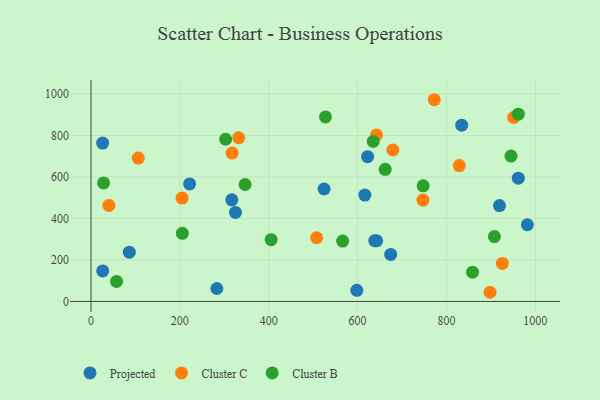
{"axis": {"x": "Price", "y": "Yield"}, "legend": ["Cluster B", "Cluster C", "Projected"], "data": [{"x": "325.1", "y": 429.2, "type": "Projected"}, {"x": "638.7", "y": 292.8, "type": "Projected"}, {"x": "961.9", "y": 594.5, "type": "Projected"}, {"x": "221.9", "y": 566.5, "type": "Projected"}, {"x": "598.3", "y": 53.5, "type": "Projected"}, {"x": "643.0", "y": 292.7, "type": "Projected"}, {"x": "982.3", "y": 369.8, "type": "Projected"}, {"x": "834.5", "y": 849.9, "type": "Projected"}, {"x": "524.7", "y": 542.1, "type": "Projected"}, {"x": "674.6", "y": 226.8, "type": "Projected"}, {"x": "86.1", "y": 237.4, "type": "Projected"}, {"x": "283.3", "y": 62.4, "type": "Projected"}, {"x": "616.5", "y": 512.6, "type": "Projected"}, {"x": "919.5", "y": 462.4, "type": "Projected"}, {"x": "26.3", "y": 147.2, "type": "Projected"}, {"x": "622.6", "y": 697.8, "type": "Projected"}, {"x": "26.1", "y": 763.3, "type": "Projected"}, {"x": "316.9", "y": 490.1, "type": "Projected"}, {"x": "951.3", "y": 886.9, "type": "Cluster C"}, {"x": "898.2", "y": 44.2, "type": "Cluster C"}, {"x": "106.3", "y": 691.2, "type": "Cluster C"}, {"x": "332.5", "y": 789.1, "type": "Cluster C"}, {"x": "747.3", "y": 488.6, "type": "Cluster C"}, {"x": "828.9", "y": 654.9, "type": "Cluster C"}, {"x": "507.9", "y": 307.0, "type": "Cluster C"}, {"x": "925.9", "y": 183.4, "type": "Cluster C"}, {"x": "317.6", "y": 715.2, "type": "Cluster C"}, {"x": "642.6", "y": 802.8, "type": "Cluster C"}, {"x": "204.9", "y": 498.2, "type": "Cluster C"}, {"x": "679.4", "y": 730.1, "type": "Cluster C"}, {"x": "40.3", "y": 462.7, "type": "Cluster C"}, {"x": "772.7", "y": 972.5, "type": "Cluster C"}, {"x": "57.5", "y": 96.4, "type": "Cluster B"}, {"x": "566.4", "y": 290.9, "type": "Cluster B"}, {"x": "858.9", "y": 141.3, "type": "Cluster B"}, {"x": "346.8", "y": 563.7, "type": "Cluster B"}, {"x": "28.2", "y": 571.3, "type": "Cluster B"}, {"x": "961.9", "y": 902.8, "type": "Cluster B"}, {"x": "662.2", "y": 637.0, "type": "Cluster B"}, {"x": "527.8", "y": 889.8, "type": "Cluster B"}, {"x": "205.6", "y": 328.6, "type": "Cluster B"}, {"x": "635.3", "y": 771.3, "type": "Cluster B"}, {"x": "302.9", "y": 782.0, "type": "Cluster B"}, {"x": "747.7", "y": 557.3, "type": "Cluster B"}, {"x": "945.5", "y": 700.9, "type": "Cluster B"}, {"x": "405.4", "y": 297.8, "type": "Cluster B"}, {"x": "908.0", "y": 312.6, "type": "Cluster B"}]}